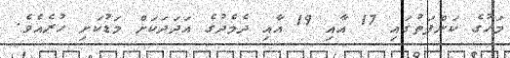
މަހުގެ ކަންފަތުގައި 17 އާއި 19 އާއި ދެމެދުގެ އަދަދަކަށް މަޑުކަށި ހުރެއެވެ.